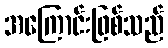
အကြောင်းဖြစ်သည်